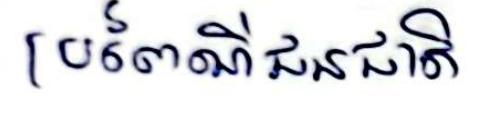
ប្រពៃណីជនជាតិ